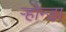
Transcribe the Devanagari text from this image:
ऱ्होन्डा